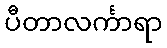
ပီတာလင်္ကာရာ